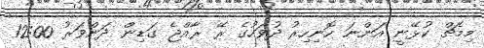
މިމެޗް ކުޅޭނީ އަންނަ ހޮނިހިރު ދުވަހުގެ ރޭ ރާއްޖެ ގަޑިން ދަންވަރު 12:00